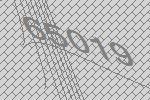
65019